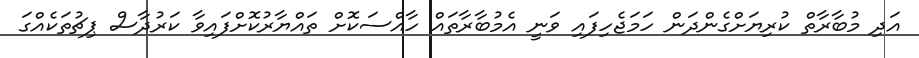
އަދި މުބާރާތް ކުރިޔަށްގެންދަން ހަމަޖެހިފައި ވަނީ އެމުބާރާތައް ހާއްސަކޮށް ތައްޔާރުކޮށްފައިވާ ކަރުދާސް ޕިޗުތަކެއްގަ